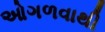
ઓગળવાથી